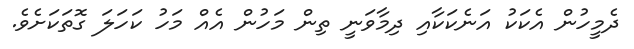
ދެމީހުން އެކަކު އަނެކަކާއި ދިމާވަނީ ތިން މަހުން އެއް މަހު ކަހަލަ ގޮތަކަށެވެ.